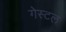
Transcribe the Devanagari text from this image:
गेस्टल